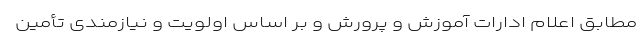
مطابق اعلام ادارات آموزش و پرورش و بر اساس اولویت و نیازمندی تأمین